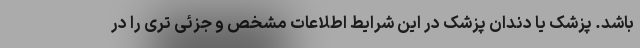
باشد. پزشک یا دندان پزشک در این شرایط اطلاعات مشخص و جزئی تری را در